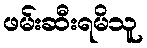
ဖမ်းဆီးရမိသူ